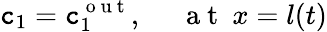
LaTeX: \mathtt{c}_{1}=\mathtt{c}_{1}^{\mathrm{{~o~u~t~}}},~~~~~\mathrm{{~a~t~}}~x=l(t)